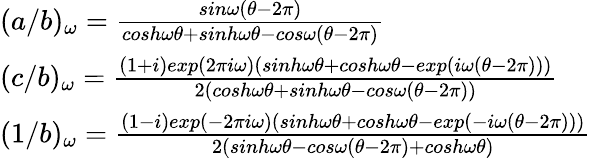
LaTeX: \begin{array}{ll}{{(a/b)_{\omega}=\frac{sin\omega(\theta-2\pi)}{cosh\omega\theta+sinh\omega\theta-cos\omega(\theta-2\pi)}}}\\ {{(c/b)_{\omega}=\frac{(1+i)exp(2\pi i\omega)(sinh\omega\theta+cosh\omega\theta-exp(i\omega(\theta-2\pi)))}{2(cosh\omega\theta+sinh\omega\theta-cos\omega(\theta-2\pi))}}}\\ {{(1/b)_{\omega}=\frac{(1-i)exp(-2\pi i\omega)(sinh\omega\theta+cosh\omega\theta-exp(-i\omega(\theta-2\pi)))}{2(sinh\omega\theta-cos\omega(\theta-2\pi)+cosh\omega\theta)}}}\end{array}